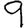
Digit: 9